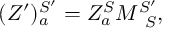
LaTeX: ( Z ^ { \prime } ) _ { a } ^ { S ^ { \prime } } = Z _ { a } ^ { S } M _ { \; \; S } ^ { S ^ { \prime } } ,